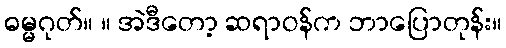
ဓမ္မဂုတ်။ ။ အဲဒီတော့ ဆရာဝန်က ဘာပြောတုန်း။